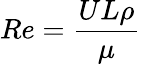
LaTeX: Re=\frac{UL\rho}{\mu}